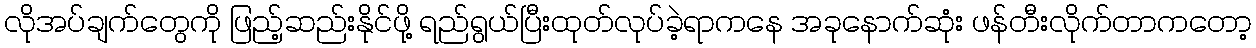
လိုအပ်ချက်တွေကို ဖြည့်ဆည်းနိုင်ဖို့ ရည်ရွယ်ပြီးထုတ်လုပ်ခဲ့ရာကနေ အခုနောက်ဆုံး ဖန်တီးလိုက်တာကတော့